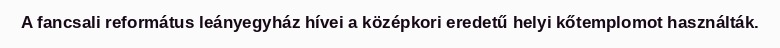
A fancsali református leányegyház hívei a középkori eredetű helyi kőtemplomot használták.